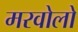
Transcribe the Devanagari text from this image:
मरवोलो